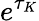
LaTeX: e^{\tau_{K}}